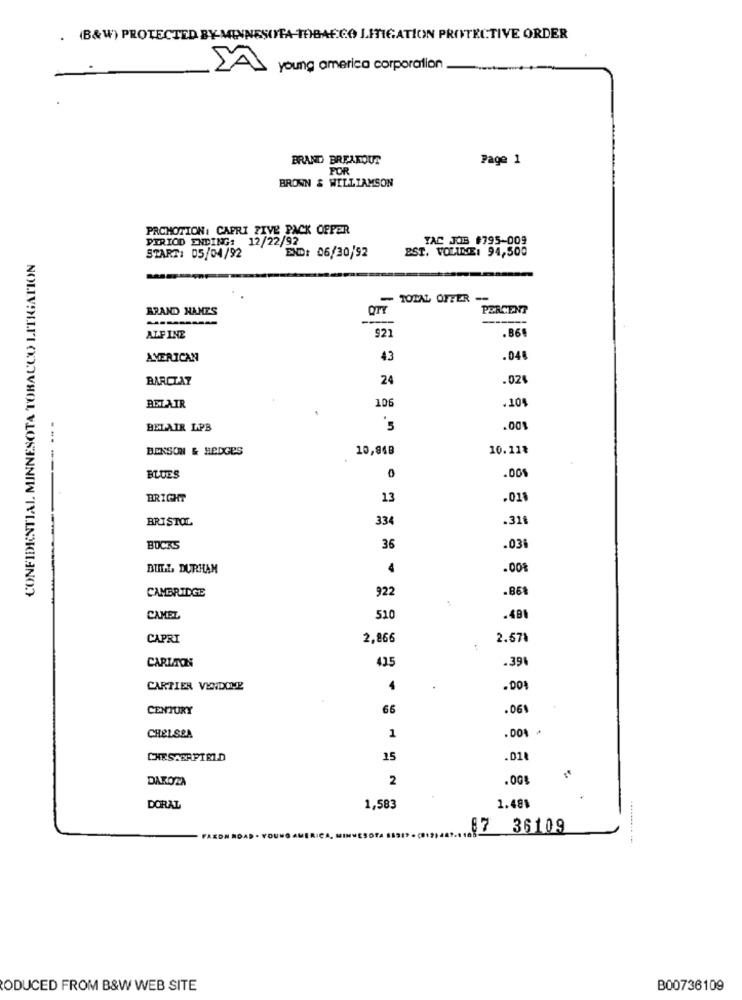
. (B&W) PROTECTED BY-MINNESOTA TOBACCO LITIGATION PROTECTIVE ORDER
young america corporation
BRAND BREAKOUT
Page 1
FOR
BRONN & WILLIAMSON
PROMOTION: CAPRI FIVE PACK OFFER
TAC JOB #795-009
PIRIOD ENDING: 12/22/92
PST. VOLUME: 94,500
CONFIDENTIAL MINNESOTA TOBACCO LITIGATION
START: 05/04/92
END: 06/30/92
-
- TOTAL OFFER -
BRAND HANES
PERCENT
------
.86€
ALFINE
AMERICAN
43
.04€
BARCLAY
24
.024
106
.104
BEL-AIR
BELAIR LPB
5
.00%
BENSON & HEDGES
10,948
10.11%
BLUES
0
.00%
----
BRIGHT
13
.01
BRISTOL
334
.31
BUCKS
36
.03
BULL, DURHAM
4
.00%
CAMBRIDGE
922
.861
CAMEL
510
-491
CAPRI
2,866
2.67%
CARLTON
435
.39
CARTIER VENDOME
4
.
. DO
CENTURY
66
.061
CHELSEA
.00 *
1
15
.01
DAKOZA
2
.00%
1.481
DORAL
1,583
87 36109
ODUCED FROM B&W WEB SITE
B00736109